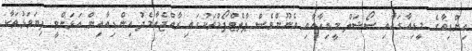
އިންޑިއާގެ މީޑިއާގައާއި ސޯޝަލް މީޑިއާއާއި އެނޫންވެސް ޕްލެޓްފޯމްތަކުގައި ރާއްޖެއާމެދު އިންޑިއާއިން އަޅަންވީ ފިޔަވަޅުތަކާ